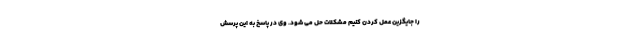
را جایگزین عمل کردن کنیم مشکلات حل می شود. وی در پاسخ به این پرسش